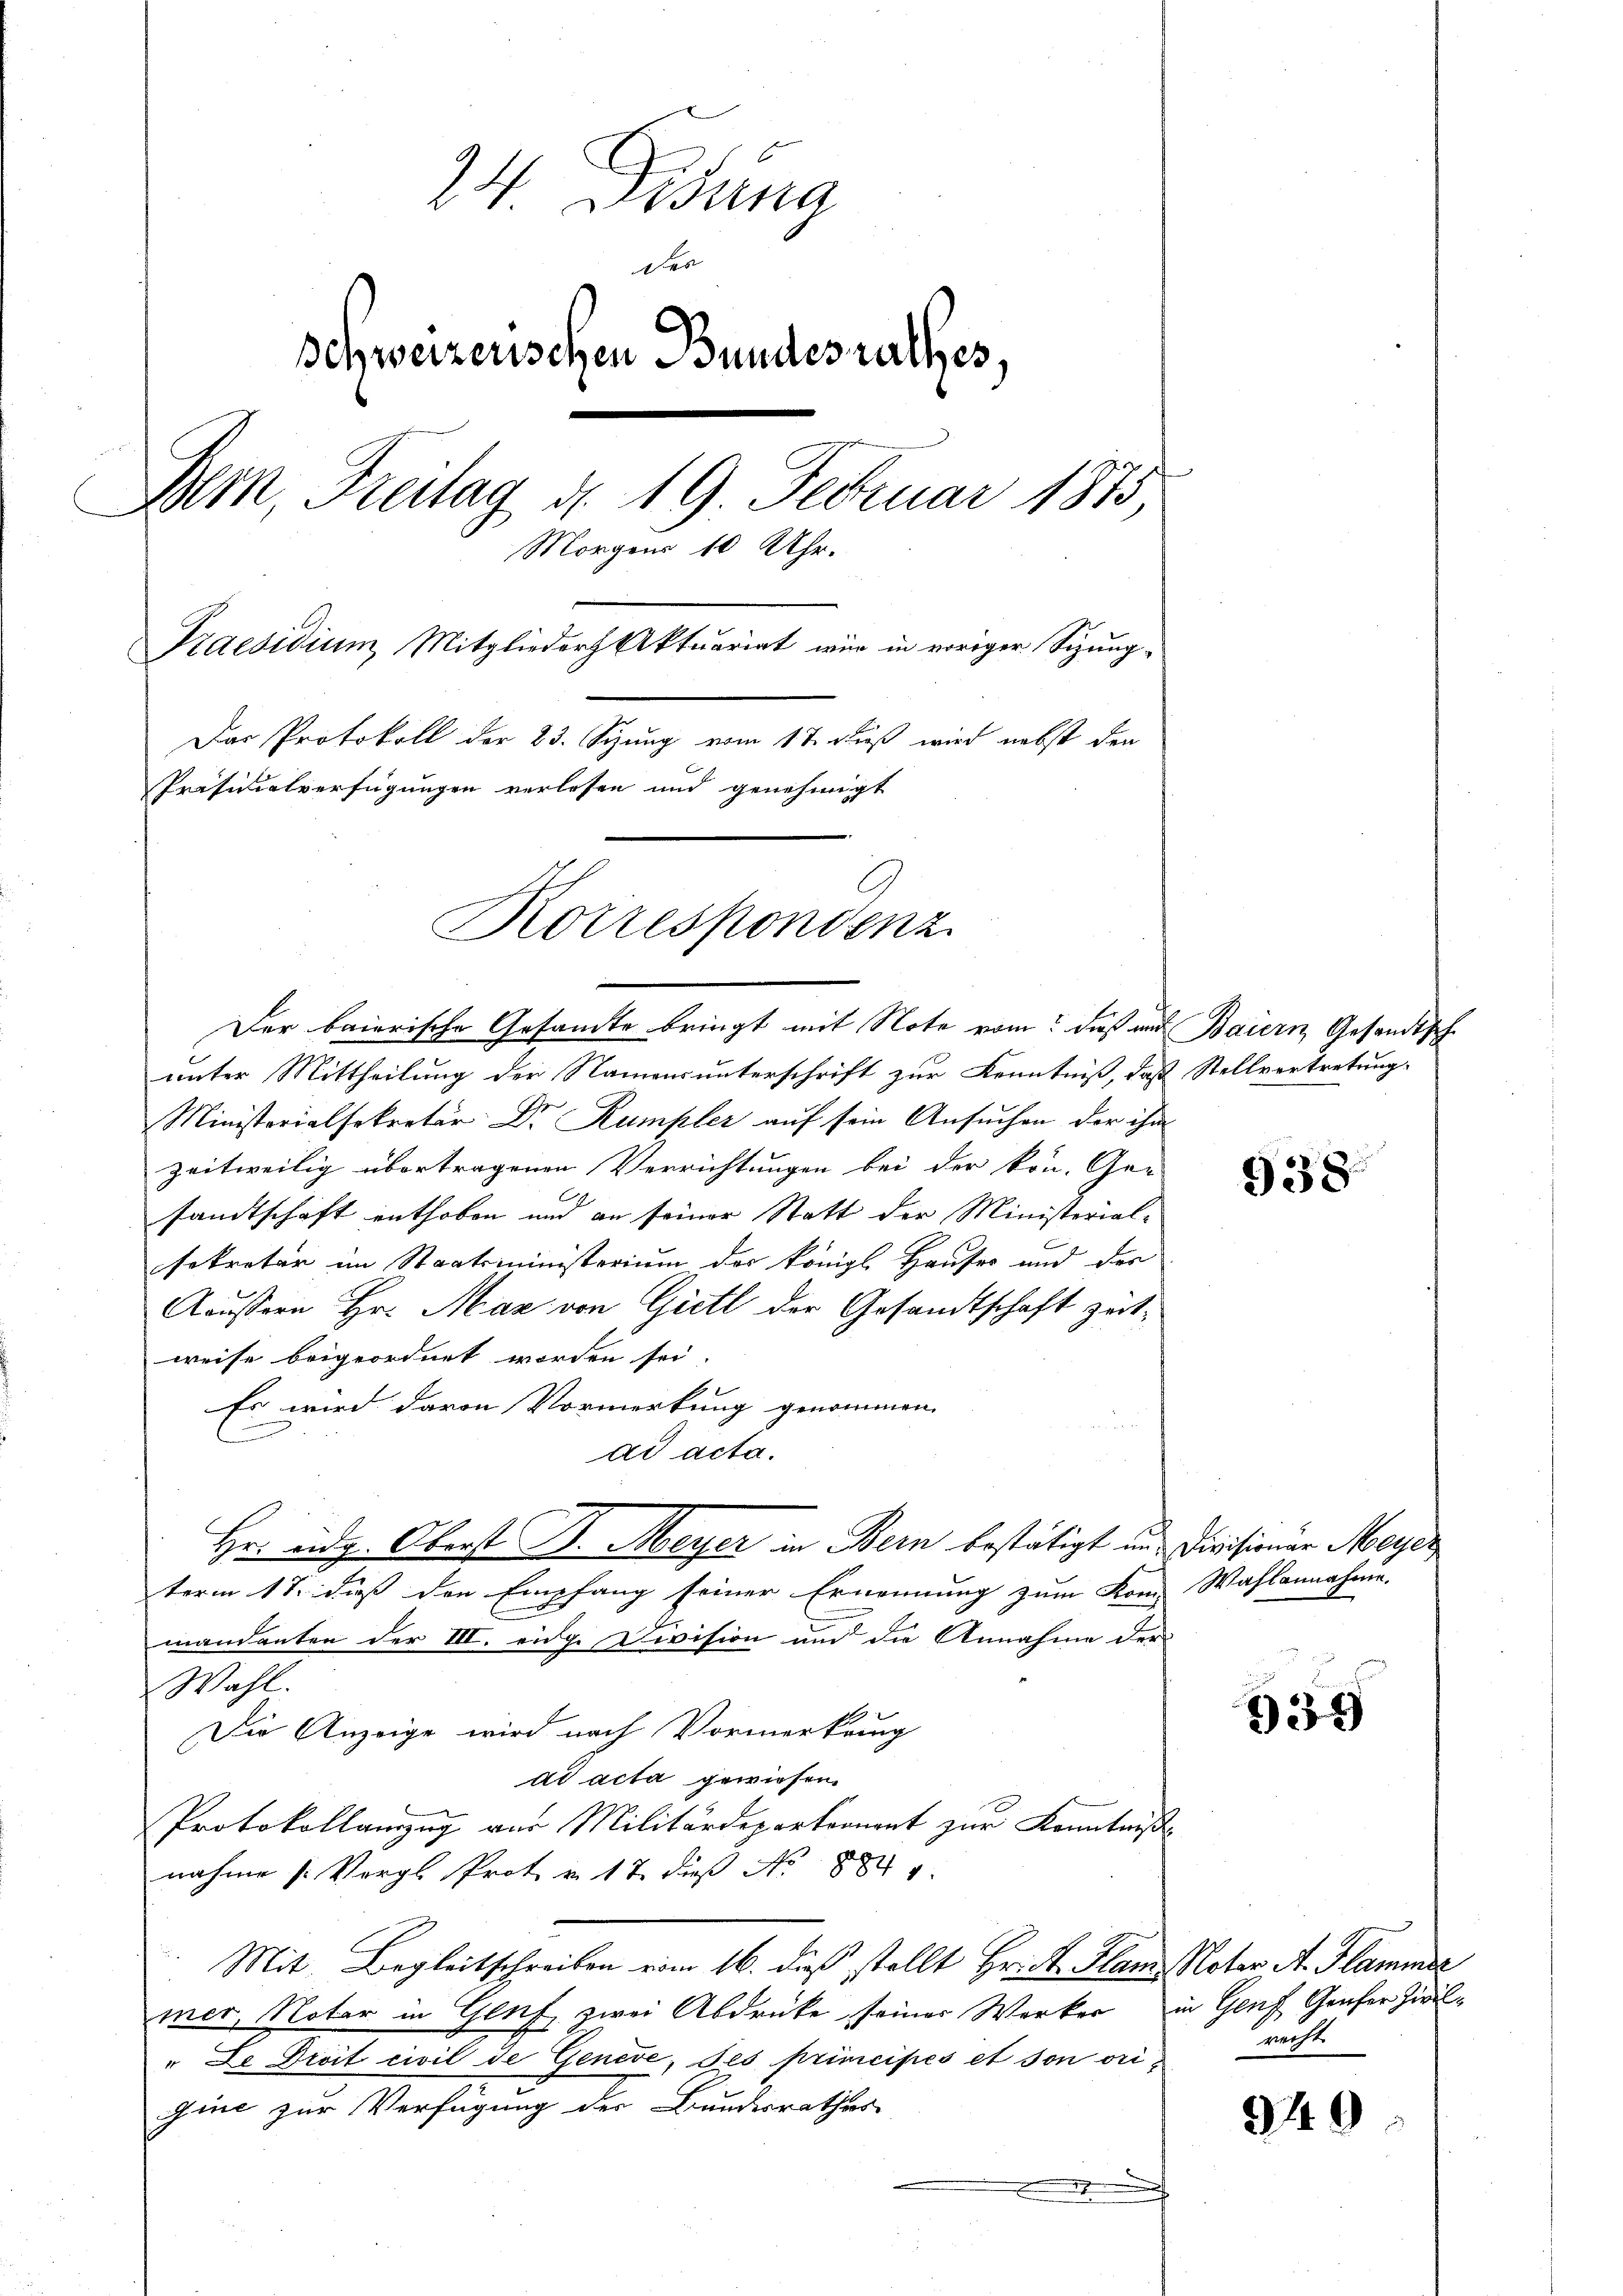
24 Fidung
des
schweizenschen Bundesrathes.
Bern, Freitag d. 19. Februar 1873,
Morgens 10 Uhr.
Praesidium Mitglieder Aktuariat wir in voriger Sizung-
Das Protokoll der 23. von 11. Fuß wird nebst den
Präsidialverfügungen verlesen und genehmigt
Korrespondenz

Der baierische Gesandte bringt mit Note vom dieß und Baiern Gesandts
unter Mittheilung der Namensunterschrift zur Kenntniß, daß Stellvertretung
Ministerialsekretär Dr. Kumpler auf sein Ansuchen der ihm
zeitweilig übertragenen Verrichtungen bei der kön. Ger
sandtschaft enthoben und an seiner Statt der Ministerial-
sekretär im Staatsministerium der königl. Hauses und der
Äussern Hr. Mar von Gütl der Gesandtschaft zeitweise beigeordnet worden sei.
Es wird davon Vormerkung genommen.
ad acta.
Hr. Eidg. Oberst B. Meyer in Bern bestätigt in Divisionen Meye
term 17. dieß den Empfang seiner Ernennung zum Kom-
mandanten der III. eidg. Division und die Annahme der
Wahl.
Die Anzeige wird nach Vormerkung
dd acta gewiesen.
Protokollanzug vor Militärdepartronent zur Kenntniß
nahme (Vergl. Prot u. 17. dieß No. 1882
Mit Begleitschreiben vom 16. dieß stellt Hr. R. Plan Noter A. Flammer
mer, Noter in Genf zwei Abdrücke seiner Werker in Genf Genfer Zivil¬
" Le Droit civil de Geneve, des principés et son origine zur Verfügung der Bundesrathes
x

938

Wahlannahme.

334

recht

949

f.